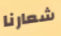
شعارنا